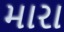
મારા